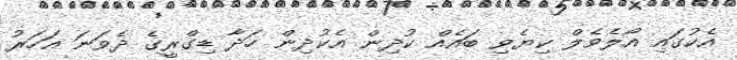
އެކުގައި އޯލެވެލް ކިޔެވި ބައެއް ކުދިން އެކުދިން ހަދާ ޑިގްރީގެ ދެވަނަ އަހަރު